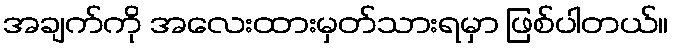
အချက်ကို အလေးထားမှတ်သားရမှာ ဖြစ်ပါတယ်။